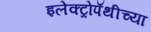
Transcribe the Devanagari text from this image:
इलेक्ट्रोपॅथीच्या